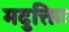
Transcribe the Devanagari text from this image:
मदुक्तिः